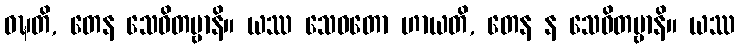
ဝဍ္ဎတိ, တေန သေဝိတဗ္ဗာနိ။ ယဿ သေဝတော ဟာယတိ, တေန န သေဝိတဗ္ဗာနိ။ ယဿ